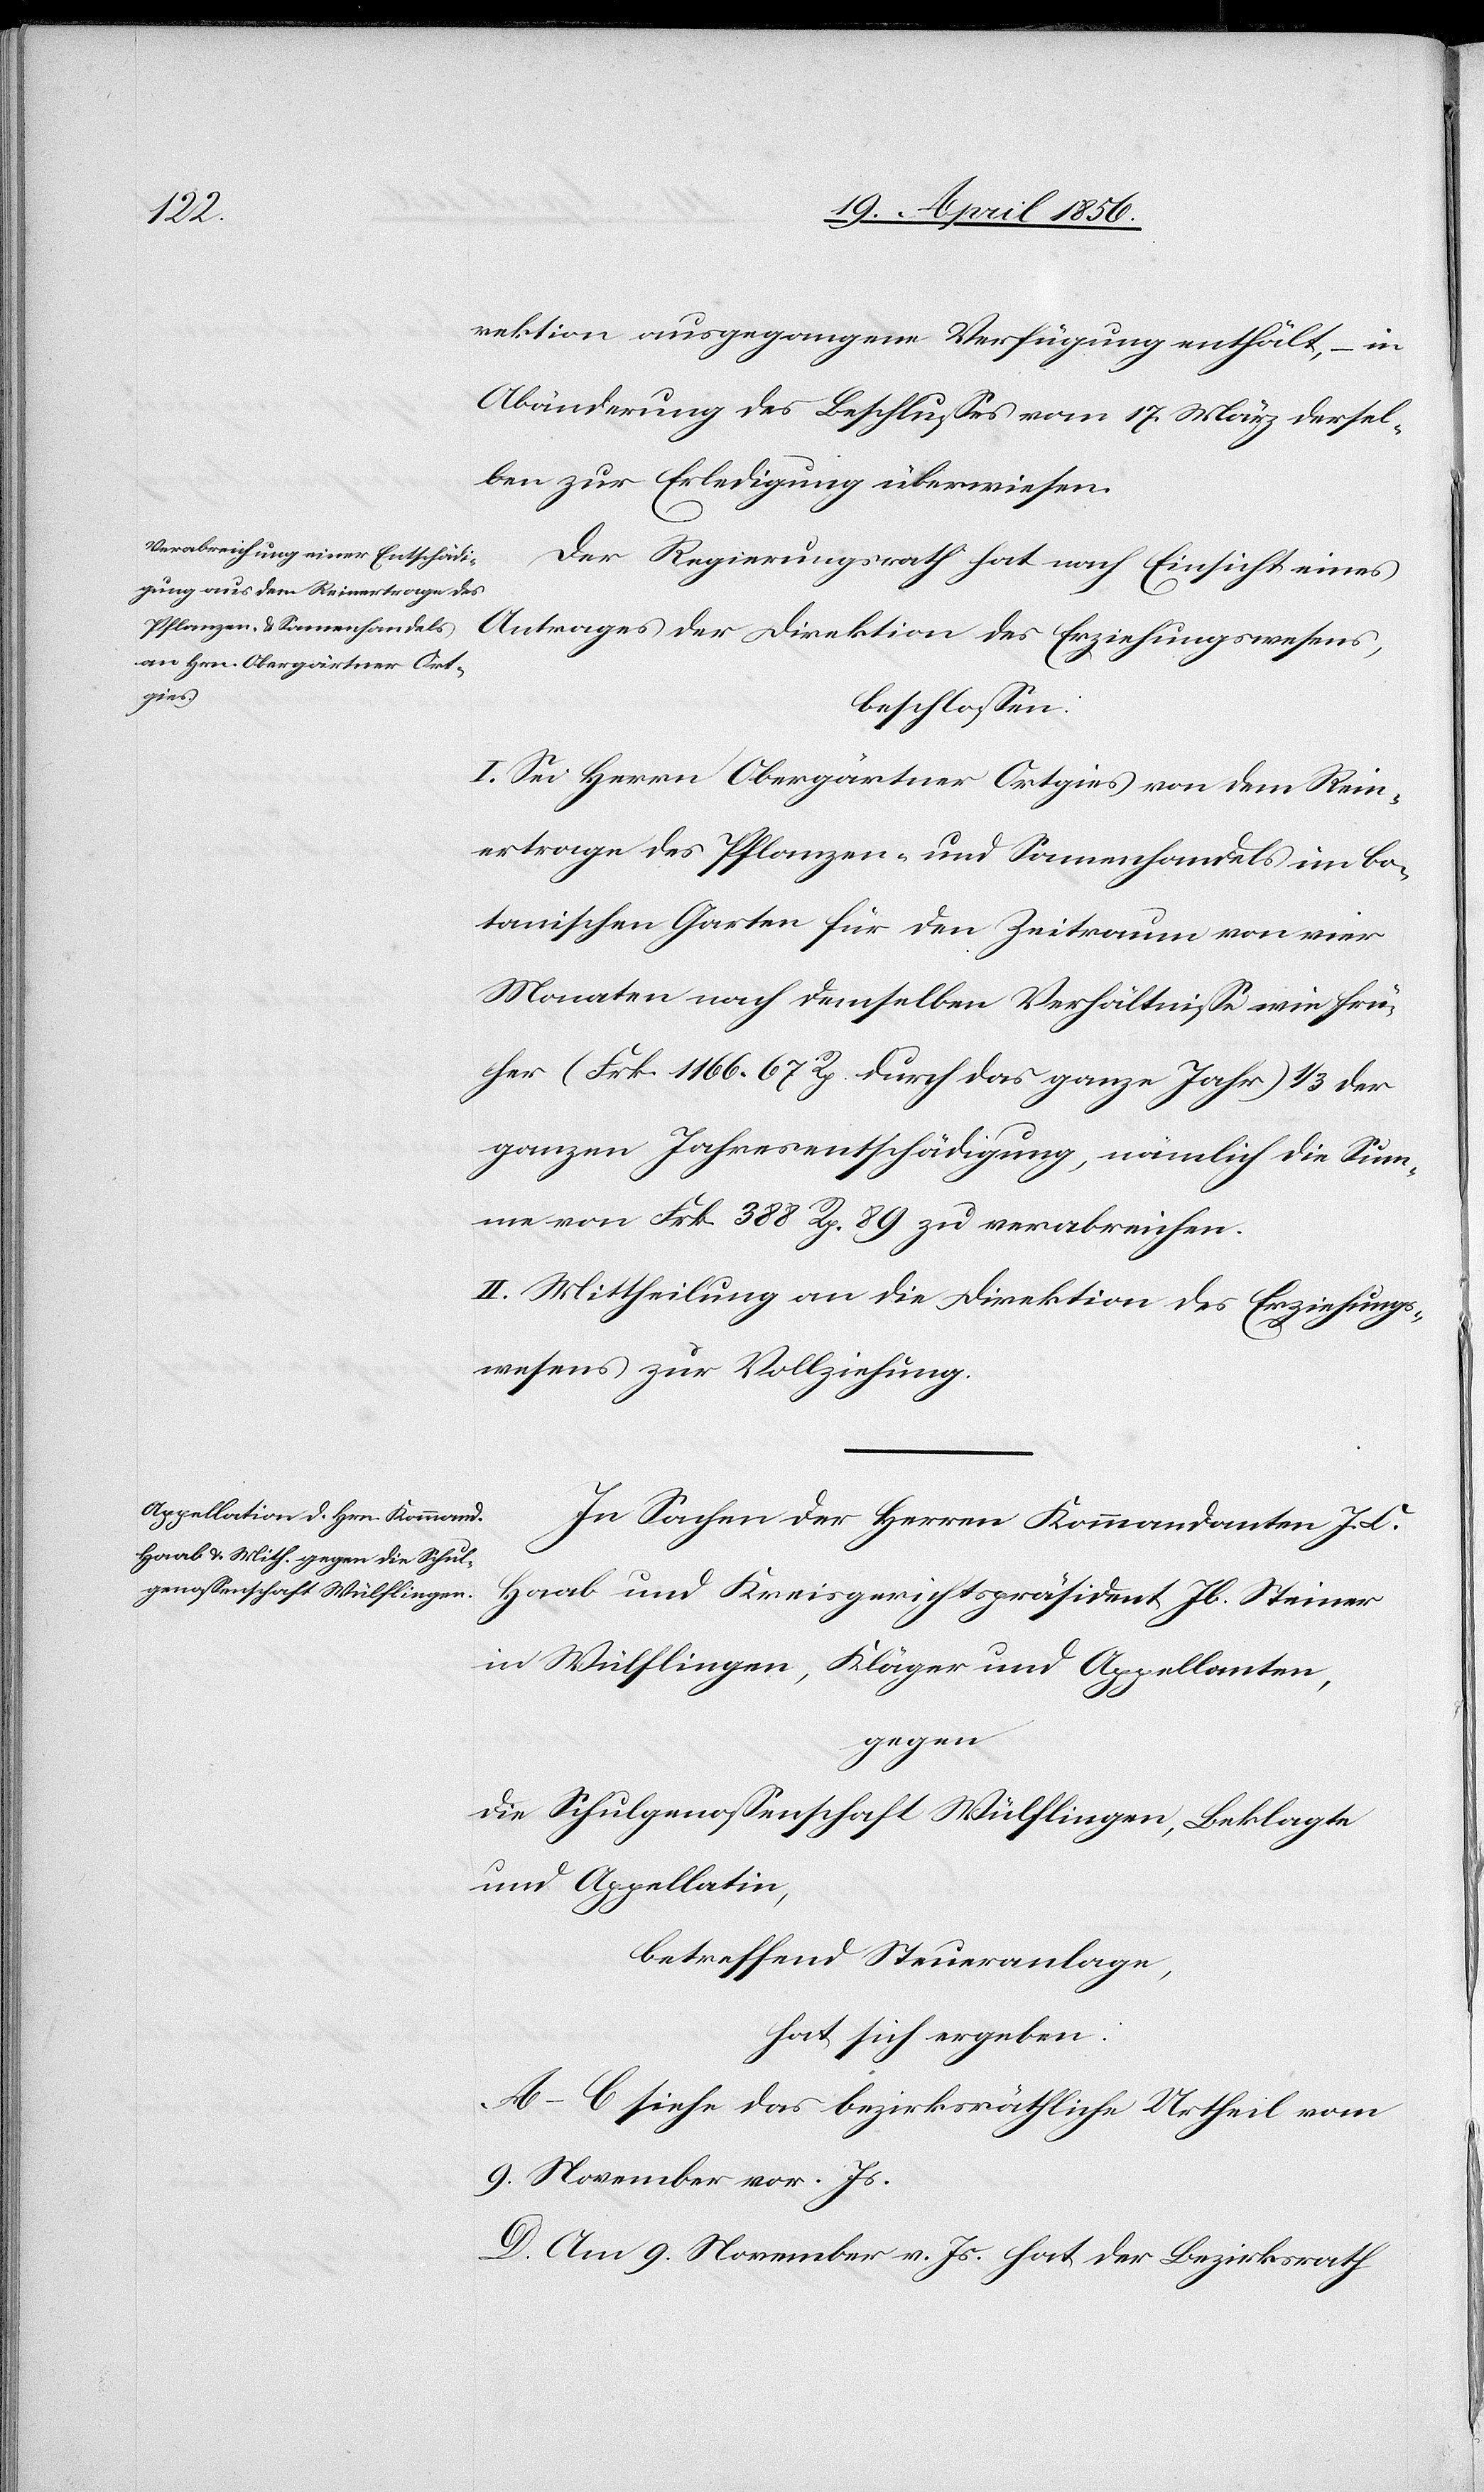
rektion ausgegangene Verfügung enthält, –
Abänderung des Beschlusses vom 17. März dersel¬
ben zur Erledigung überwiesen.
Der Regierungsrath hat nach Einsicht eines
Antrages der Direktion des Erziehungswesens,
beschlossen:
I. Sei Herrn Obergärtner Ortgies von dem Rein¬
ertrage des Pflanzen- und Samenhandels im bo¬
tanischen Garten für den Zeitraum von vier
Monaten nach demselben Verhältnisse wie frü¬
her (Frk. 1166. 67 Rp. durch das ganze Jahr) 1/3 der
ganzen Jahresentschädigung, nämlich die Sum¬
me von Frk. 388 Rp. 89 zu verabreichen.
II. Mittheilung an die Direktion des Erziehungs¬
wesens zur Vollziehung.
In Sachen der Herren Kommandanten J.
Haab und Kreisgerichtspräsident Jb. Steiner
in Wülflingen, Kläger und Appellanten,
gegen
die Schulgenossenschaft Wülflingen, Beklagte
und Appellatin,
betreffend Steueranlage,
hat sich ergeben:
A–C[.] siehe das bezirksräthliche Urtheil vom
9. November vor. Js.
D. Am 9. November v. Js. hat der Bezirksrath